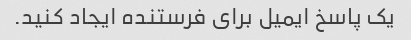
یک پاسخ ایمیل برای فرستنده ایجاد کنید.